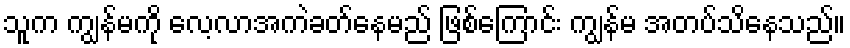
သူက ကျွန်မကို လေ့လာအကဲခတ်နေမည် ဖြစ်ကြောင်း ကျွန်မ အတပ်သိနေသည်။